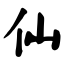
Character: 仙